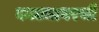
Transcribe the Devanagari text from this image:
काट्यावरची